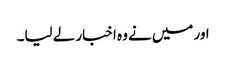
اور میں نے وہ اخبار لے لیا۔